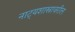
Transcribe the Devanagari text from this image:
नाट्यशास्त्रावरील